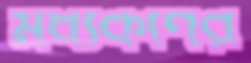
মধ্যকর্ণের